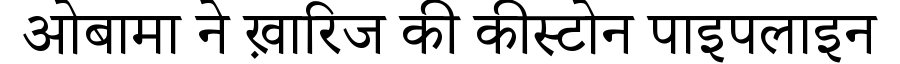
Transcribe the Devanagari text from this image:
ओबामा ने ख़ारिज की कीस्टोन पाइपलाइन